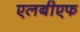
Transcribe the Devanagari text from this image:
एलबीएफ